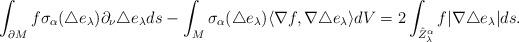
LaTeX: \begin{align*}\int_{\partial M}f\sigma_\alpha(\triangle e_\lambda)\partial_\nu\triangle e_\lambda ds-\int_M\sigma_\alpha(\triangle e_\lambda)\langle\nabla f, \nabla\triangle e_\lambda\rangle dV=2\int_{\hat{Z}_\lambda^\alpha} f|\nabla\triangle e_\lambda|ds.\end{align*}